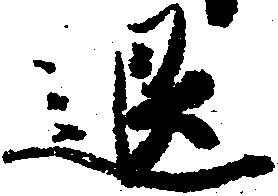
退